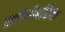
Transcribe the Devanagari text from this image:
स्थ्रोंपॉमर्फिक